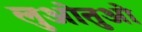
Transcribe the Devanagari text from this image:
लुओतुओ